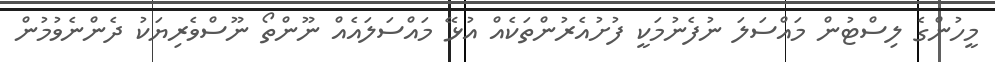
މީހުންގެ ލިސްޓުން މައްސަލަ ނުފެނުމަކީ ފުށުއެރުންތަކެއް އުޅޭ މައްސަލައެއް ނޫންތޯ ނޫސްވެރިޔަކު ދެންނެވުމުން